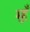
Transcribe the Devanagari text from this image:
म्हूँ